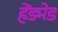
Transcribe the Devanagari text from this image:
हेंड्मेड